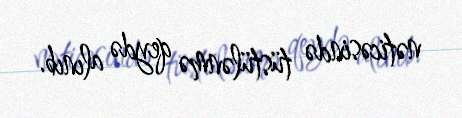
nəticəsində tüstülənmə qeydə alınıb.